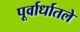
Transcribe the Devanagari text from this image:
पूर्वार्धातले